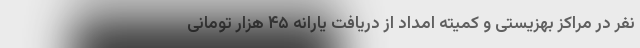
نفر در مراکز بهزیستی و کمیته امداد از دریافت یارانه ۴۵ هزار تومانی